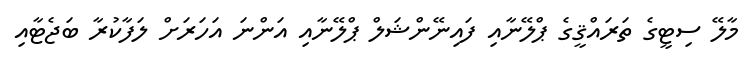
މާލޭ ސިޓީގެ ތަރައްޤީގެ ޕްލޭނާއި ފައިނޭންޝަލް ޕްލޭނާއި އަންނަ އަހަރަށް ލަފާކުރާ ބަޖެޓާއި